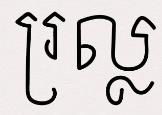
រ្រល្ល